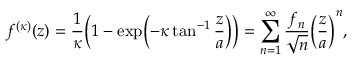
f ^ { ( \kappa ) } ( z ) = \frac { 1 } { \kappa } \biggl ( 1 - \exp \Bigl ( - \kappa \tan ^ { - 1 } \frac { z } { a } \Bigr ) \biggr ) = \sum _ { n = 1 } ^ { \infty } \frac { f _ { n } } { \sqrt { n } } \biggl ( \frac { z } { a } \biggr ) ^ { n } ,